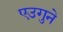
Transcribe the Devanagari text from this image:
एउगुने